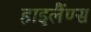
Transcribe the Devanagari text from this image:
हाइलैंण्स